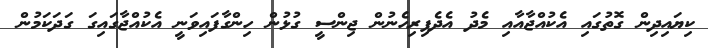
ކިޔައިދިން ގޮތުގައި އެކުއްޖާއާއި މެދު އެދެފިރިހެނުން ޖިންސީ ގުޅުން ހިންގާފައިވަނީ އެކުއްޖާގައިގަ ގަދަކަމުން